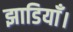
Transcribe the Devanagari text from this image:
झाडियाँ।